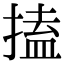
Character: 搕